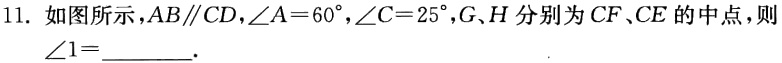
11. 如图所示，$AB\parallel CD$，$\angle A = 60^{\circ}$，$\angle C = 25^{\circ}$，$G、H$分别为$CF、CE$的中点，则$\angle 1=$ .